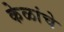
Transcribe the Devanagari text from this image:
केळांचे